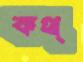
কথ্